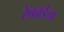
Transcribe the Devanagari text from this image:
रेकॉर्डचा